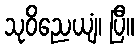
သုဝိညေယျံ၊ ပြီ။